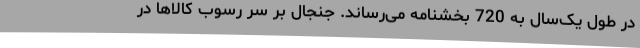
در طول یک‌سال به 720 بخشنامه می‌رساند. جنجال بر سر رسوب کالاها در